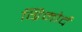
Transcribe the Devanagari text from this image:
ग्रिमोर्द